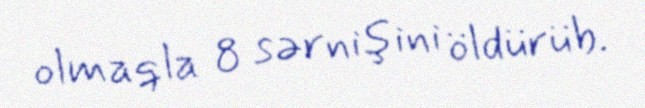
olmaqla 8 sərnişini öldürüb.